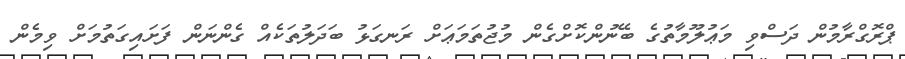
ޕްރޮގްރާމުން ދަސްވި މަޢުލޫމާތުގެ ބޭނުންކޮށްގެން މުޖުތަމަޢަށް ރަނގަޅު ބަދަލުތަކެއް ގެންނަން ފަށައިގަތުމަށް ވިމެން